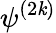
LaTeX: \psi^{(2\mathit{k})}